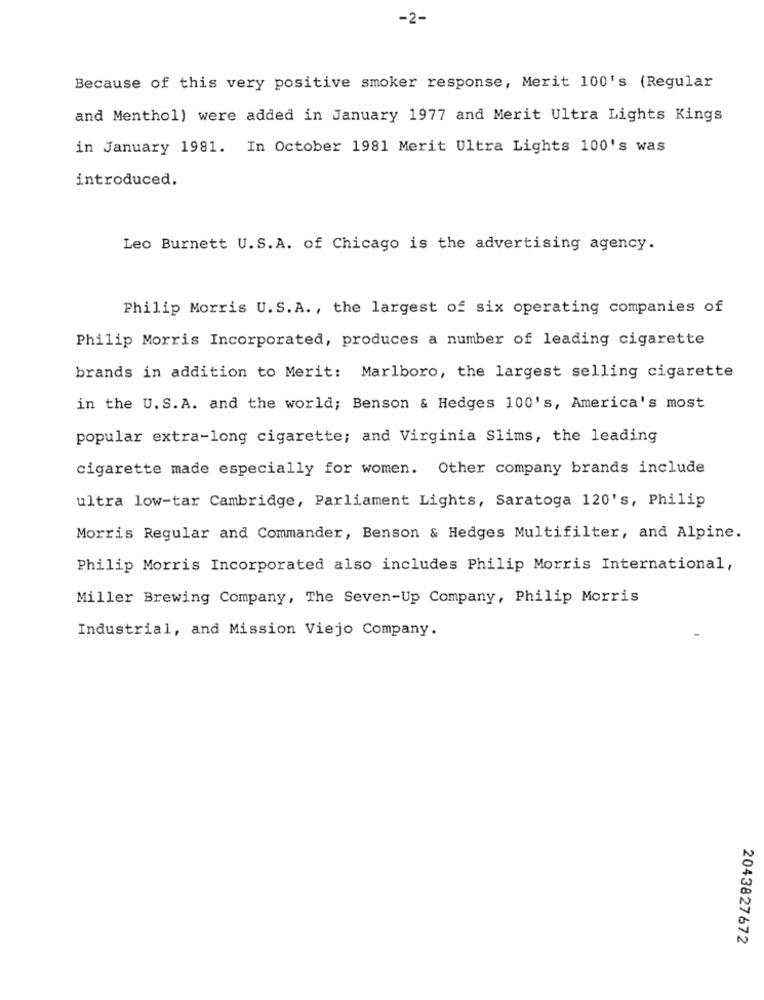
-2-
Because of this very positive smoker response, Merit 100's (Regular
and Menthol) were added in January 1977 and Merit Ultra Lights Kings
in January 1981. In October 1981 Merit Ultra Lights 100's was
introduced.
Leo Burnett U.S.A. of Chicago is the advertising agency.
Philip Morris U.S.A ., the largest of six operating companies of
Philip Morris Incorporated, produces a number of leading cigarette
brands in addition to Merit: Marlboro, the largest selling cigarette
in the U. S.A. and the world; Benson & Hedges 100's, America's most
popular extra-long cigarette; and Virginia Slims, the leading
cigarette made especially for women. Other company brands include
ultra low-tar Cambridge, Parliament Lights, Saratoga 120's, Philip
Morris Regular and Commander, Benson & Hedges Multifilter, and Alpine.
Philip Morris Incorporated also includes Philip Morris International,
Miller Brewing Company, The Seven-Up Company, Philip Morris
Industrial, and Mission Viejo Company.
2043827672